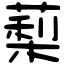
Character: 䔧